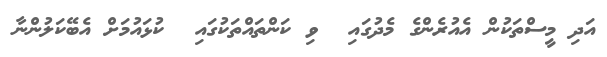
އަދި މީސްތަކުން އެއުރެންގެ މެދުގައި  ވި ކަންތައްތަކުގައި  ކުޅައުމަށް އެބޭކަލުންނާ